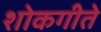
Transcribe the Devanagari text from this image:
शोकगीते